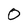
Character: 0